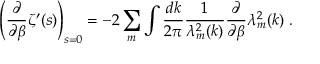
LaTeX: \left( \frac { \partial } { \partial \beta } \zeta ^ { \prime } ( s ) \right) _ { s = 0 } = - 2 \sum _ { m } \int \frac { d k } { 2 \pi } \frac { 1 } { \lambda _ { m } ^ { 2 } ( k ) } \frac { \partial } { \partial \beta } \lambda _ { m } ^ { 2 } ( k ) \; .